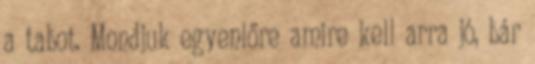
a tabot. Mondjuk egyenlőre amire kell arra jó, bár